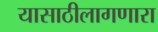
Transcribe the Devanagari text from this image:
यासाठीलागणारा